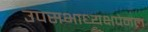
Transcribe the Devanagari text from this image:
उपसभाध्यक्षपेनल